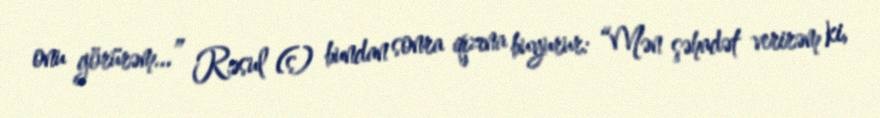
onu görürəm...” Rəsul (s) bundan sonra qızına buyurur: “Mən şəhadət verirəm ki,